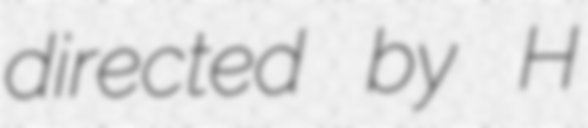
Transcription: directed by H